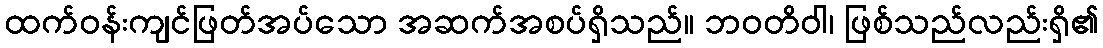
ထက်ဝန်းကျင်ဖြတ်အပ်သော အဆက်အစပ်ရှိသည်။ ဘဝတိဝါ၊ ဖြစ်သည်လည်းရှိ၏